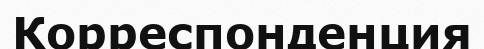
Корреспонденция